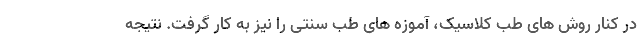
در کنار روش های طب کلاسیک، آموزه های طب سنتی را نیز به کار گرفت. نتیجه